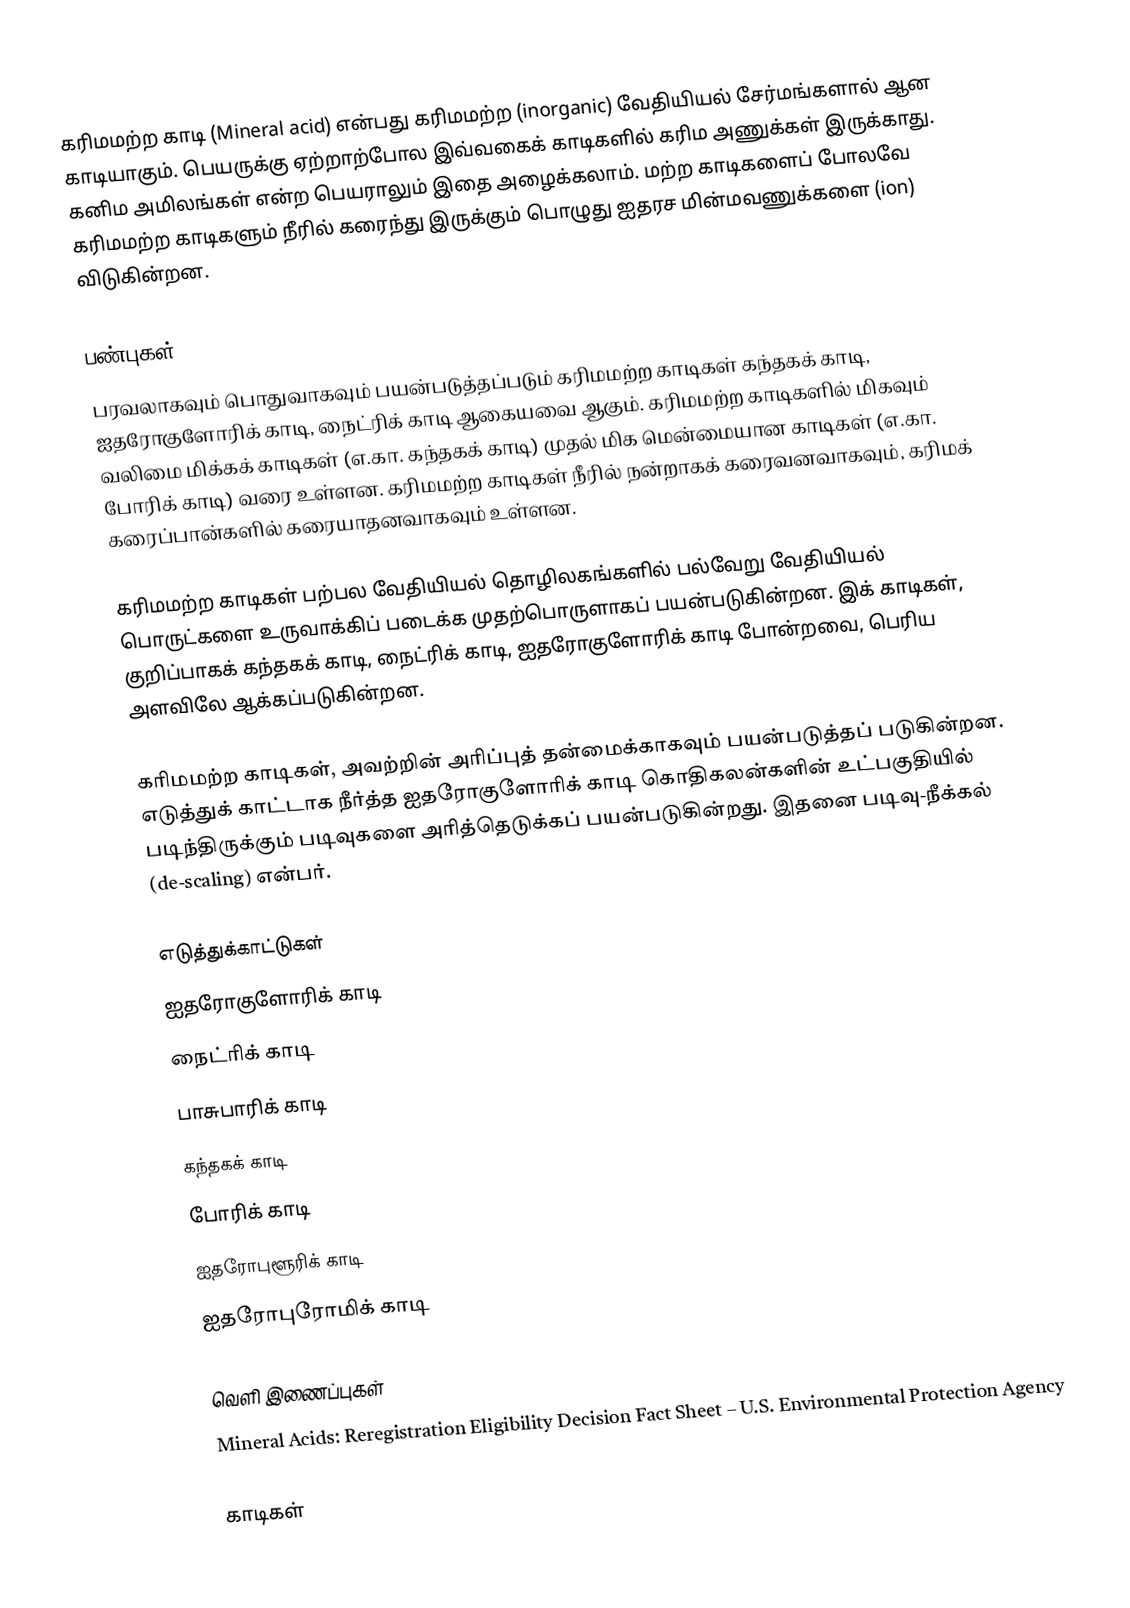
கரிமமற்ற காடி (Mineral acid) என்பது கரிமமற்ற (inorganic) வேதியியல் சேர்மங்களால் ஆன காடியாகும். பெயருக்கு ஏற்றாற்போல இவ்வகைக் காடிகளில் கரிம அணுக்கள் இருக்காது. கனிம அமிலங்கள் என்ற பெயராலும் இதை அழைக்கலாம். மற்ற காடிகளைப் போலவே கரிமமற்ற காடிகளும் நீரில் கரைந்து இருக்கும் பொழுது ஐதரச மின்மவணுக்களை (ion) விடுகின்றன.

பண்புகள்
பரவலாகவும் பொதுவாகவும் பயன்படுத்தப்படும் கரிமமற்ற காடிகள் கந்தகக் காடி, ஐதரோகுளோரிக் காடி, நைட்ரிக் காடி ஆகையவை ஆகும். கரிமமற்ற காடிகளில் மிகவும் வலிமை மிக்கக் காடிகள் (எ.கா. கந்தகக் காடி) முதல் மிக மென்மையான காடிகள் (எ.கா. போரிக் காடி) வரை உள்ளன. கரிமமற்ற காடிகள் நீரில் நன்றாகக் கரைவனவாகவும், கரிமக் கரைப்பான்களில் கரையாதனவாகவும் உள்ளன.

கரிமமற்ற காடிகள் பற்பல வேதியியல் தொழிலகங்களில் பல்வேறு வேதியியல் பொருட்களை உருவாக்கிப் படைக்க முதற்பொருளாகப் பயன்படுகின்றன. இக் காடிகள், குறிப்பாகக் கந்தகக் காடி, நைட்ரிக் காடி, ஐதரோகுளோரிக் காடி போன்றவை, பெரிய அளவிலே ஆக்கப்படுகின்றன.

கரிமமற்ற காடிகள், அவற்றின் அரிப்புத் தன்மைக்காகவும் பயன்படுத்தப் படுகின்றன. எடுத்துக் காட்டாக நீர்த்த ஐதரோகுளோரிக் காடி கொதிகலன்களின் உட்பகுதியில் படிந்திருக்கும் படிவுகளை அரித்தெடுக்கப் பயன்படுகின்றது. இதனை படிவு-நீக்கல் (de-scaling) என்பர்.

எடுத்துக்காட்டுகள்
 ஐதரோகுளோரிக் காடி
 நைட்ரிக் காடி
 பாசுபாரிக் காடி
 கந்தகக் காடி
 போரிக் காடி
 ஐதரோபுளூரிக் காடி
 ஐதரோபுரோமிக் காடி

வெளி இணைப்புகள்
 Mineral Acids: Reregistration Eligibility Decision Fact Sheet – U.S. Environmental Protection Agency

காடிகள்